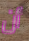
أن